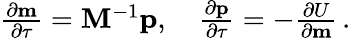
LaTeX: \begin{array}{r}{\frac{\partial\mathbf{m}}{\partial\tau}=\mathbf{M}^{-1}\mathbf{p},\quad\frac{\partial\mathbf{p}}{\partial\tau}=-\frac{\partial U}{\partial\mathbf{m}}\, .}\end{array}